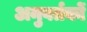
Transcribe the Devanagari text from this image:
अनुवर्तकों